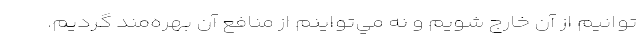
‌توانيم از آن خارج شويم و نه مي‌تواينم از منافع آن بهره‌مند گرديم.